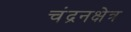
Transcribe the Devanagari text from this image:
चंद्रनक्षेत्र